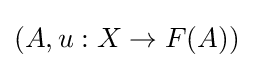
(A,u:X\to F(A))